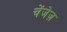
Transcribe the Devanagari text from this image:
चेंजेज़